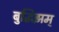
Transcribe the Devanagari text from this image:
बुद्धिझम्